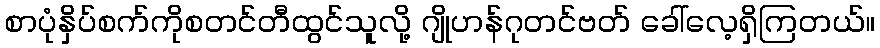
စာပုံနှိပ်စက်ကိုစတင်တီထွင်သူလို့ ဂျိုဟန်ဂုတင်ဗတ် ခေါ်လေ့ရှိကြတယ်။